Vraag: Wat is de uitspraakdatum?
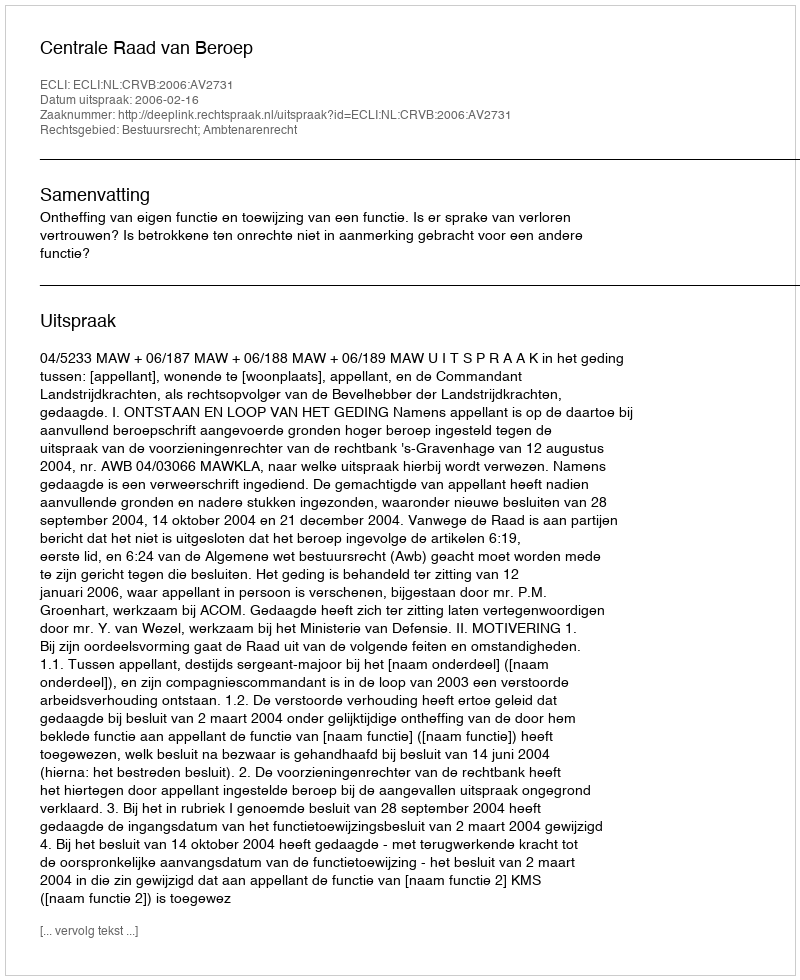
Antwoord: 2006-02-16